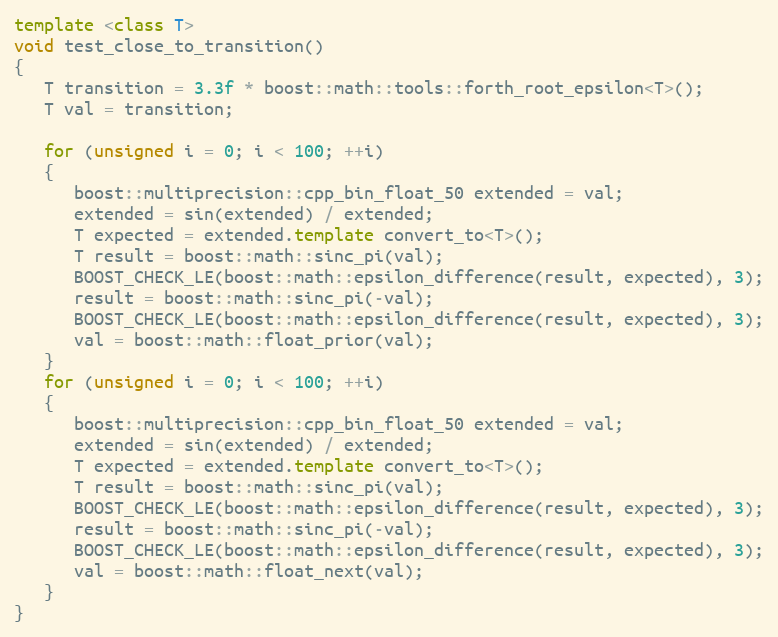
Language: C++
template <class T>
void test_close_to_transition()
{
   T transition = 3.3f * boost::math::tools::forth_root_epsilon<T>();
   T val = transition;

   for (unsigned i = 0; i < 100; ++i)
   {
      boost::multiprecision::cpp_bin_float_50 extended = val;
      extended = sin(extended) / extended;
      T expected = extended.template convert_to<T>();
      T result = boost::math::sinc_pi(val);
      BOOST_CHECK_LE(boost::math::epsilon_difference(result, expected), 3);
      result = boost::math::sinc_pi(-val);
      BOOST_CHECK_LE(boost::math::epsilon_difference(result, expected), 3);
      val = boost::math::float_prior(val);
   }
   for (unsigned i = 0; i < 100; ++i)
   {
      boost::multiprecision::cpp_bin_float_50 extended = val;
      extended = sin(extended) / extended;
      T expected = extended.template convert_to<T>();
      T result = boost::math::sinc_pi(val);
      BOOST_CHECK_LE(boost::math::epsilon_difference(result, expected), 3);
      result = boost::math::sinc_pi(-val);
      BOOST_CHECK_LE(boost::math::epsilon_difference(result, expected), 3);
      val = boost::math::float_next(val);
   }
}